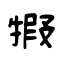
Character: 犌